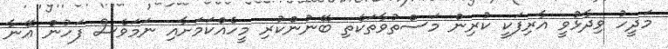
މަދީހު ވިދާޅުވީ އާރިފަކީ ކުރިން މަސްތުވާތަކެތި ބޭނުންކުރި މީހެއްކަމަށާއި ނަމަވެސް ފަހުން އޭނާ